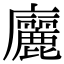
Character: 廲